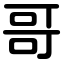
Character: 哥